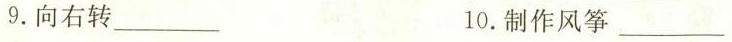
9.向右转___ 10.制作风筝 ___